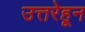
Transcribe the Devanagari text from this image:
उत्तरेहून